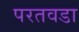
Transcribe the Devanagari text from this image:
परतवडा